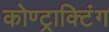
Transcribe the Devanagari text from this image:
कोण्ट्राक्टिंग